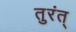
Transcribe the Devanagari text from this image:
तुरंत्